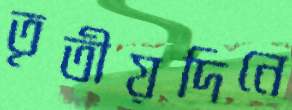
তৃতীয়দিনে